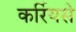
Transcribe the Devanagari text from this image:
कर्रियसे